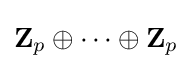
\mathbf {Z} _{p}\oplus \cdots \oplus \mathbf {Z} _{p}